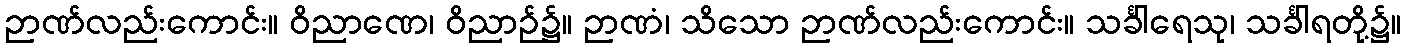
ဉာဏ်လည်းကောင်း။ ဝိညာဏေ၊ ဝိညာဉ်၌။ ဉာဏံ၊ သိသော ဉာဏ်လည်းကောင်း။ သင်္ခါရေသု၊ သင်္ခါရတို့၌။